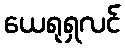
ယေရုရှလင်